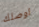
اوصلك